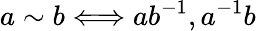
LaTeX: a\sim b\Longleftrightarrow ab^{-1},a^{-1}b